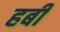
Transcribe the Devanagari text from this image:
हबी